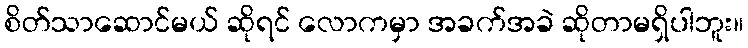
စိတ်သာဆောင်မယ် ဆိုရင် လောကမှာ အခက်အခဲ ဆိုတာမရှိပါဘူး။